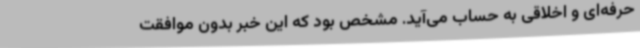
حرفه‌ای و اخلاقی به حساب می‌آید. مشخص بود که این خبر بدون موافقت